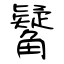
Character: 觺